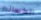
الكساندر